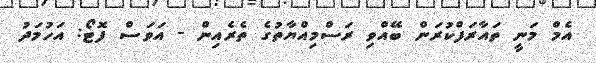
އެމް މަނީ ތައާރަފްކުރަން ބޭއްވި ރަސްމިއްޔާތުގެ ތެރެއިން - އަވަސް ފޮޓޯ: އަހުމަދު